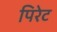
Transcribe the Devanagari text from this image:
पिरेट